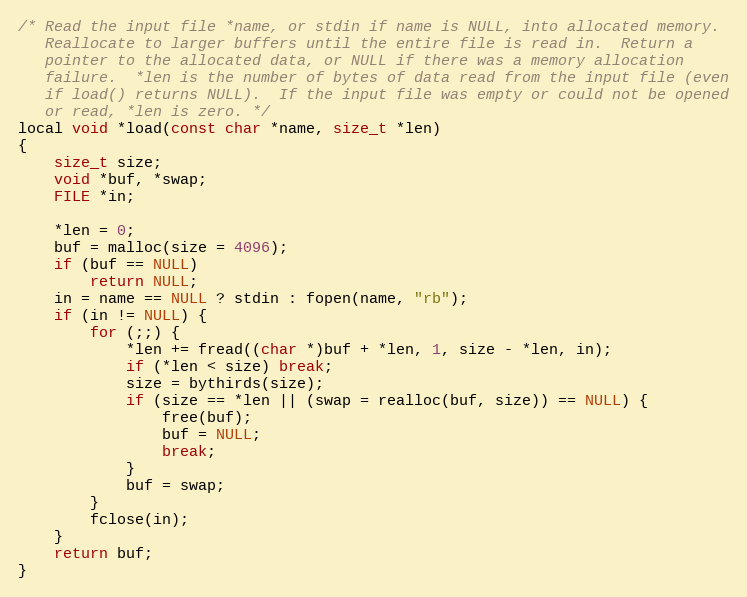
Language: C
/* Read the input file *name, or stdin if name is NULL, into allocated memory.
   Reallocate to larger buffers until the entire file is read in.  Return a
   pointer to the allocated data, or NULL if there was a memory allocation
   failure.  *len is the number of bytes of data read from the input file (even
   if load() returns NULL).  If the input file was empty or could not be opened
   or read, *len is zero. */
local void *load(const char *name, size_t *len)
{
    size_t size;
    void *buf, *swap;
    FILE *in;

    *len = 0;
    buf = malloc(size = 4096);
    if (buf == NULL)
        return NULL;
    in = name == NULL ? stdin : fopen(name, "rb");
    if (in != NULL) {
        for (;;) {
            *len += fread((char *)buf + *len, 1, size - *len, in);
            if (*len < size) break;
            size = bythirds(size);
            if (size == *len || (swap = realloc(buf, size)) == NULL) {
                free(buf);
                buf = NULL;
                break;
            }
            buf = swap;
        }
        fclose(in);
    }
    return buf;
}